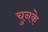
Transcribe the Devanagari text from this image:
चुनके